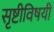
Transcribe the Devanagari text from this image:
सृष्टीविषयी